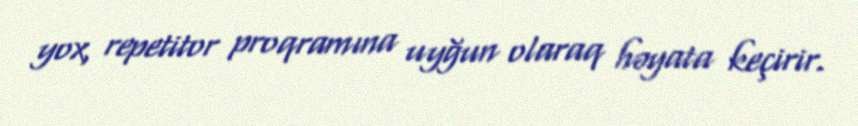
yox, repetitor proqramına uyğun olaraq həyata keçirir.